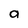
Character: a